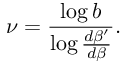
\nu = \frac { \log b } { \log \frac { d \beta ^ { \prime } } { d \beta } } .